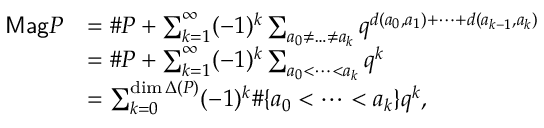
\begin{array} { r l } { { \sf M a g } P } & { = \# P + \sum _ { k = 1 } ^ { \infty } ( - 1 ) ^ { k } \sum _ { a _ { 0 } \neq \dots \neq a _ { k } } q ^ { d ( a _ { 0 } , a _ { 1 } ) + \dots + d ( a _ { k - 1 } , a _ { k } ) } } \\ & { = \# P + \sum _ { k = 1 } ^ { \infty } ( - 1 ) ^ { k } \sum _ { a _ { 0 } < \dots < a _ { k } } q ^ { k } } \\ & { = \sum _ { k = 0 } ^ { \dim \Delta ( P ) } ( - 1 ) ^ { k } \# \{ a _ { 0 } < \dots < a _ { k } \} q ^ { k } , } \end{array}